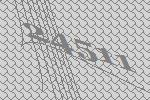
24511